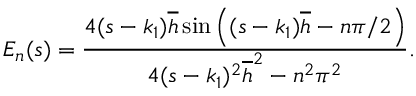
E _ { n } ( s ) = \frac { 4 ( s - k _ { 1 } ) \overline { { h } } \sin \left( ( s - k _ { 1 } ) \overline { { h } } - n \pi / 2 \right) } { 4 ( s - k _ { 1 } ) ^ { 2 } \overline { { h } } ^ { 2 } - n ^ { 2 } \pi ^ { 2 } } .